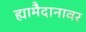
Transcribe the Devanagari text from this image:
ह्यामैदानावर